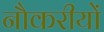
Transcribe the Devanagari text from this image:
नौकरीयों